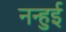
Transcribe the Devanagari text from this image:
नन्हुई